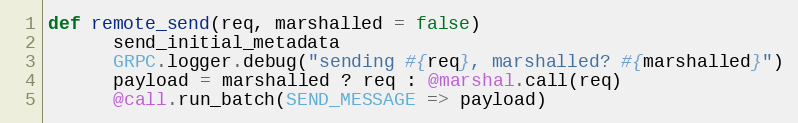
Language: Ruby
def remote_send(req, marshalled = false)
      send_initial_metadata
      GRPC.logger.debug("sending #{req}, marshalled? #{marshalled}")
      payload = marshalled ? req : @marshal.call(req)
      @call.run_batch(SEND_MESSAGE => payload)